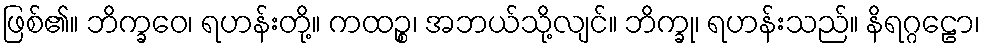
ဖြစ်၏။ ဘိက္ခဝေ၊ ရဟန်းတို့။ ကထဉ္စ၊ အဘယ်သို့လျင်။ ဘိက္ခု၊ ရဟန်းသည်။ နိရဂ္ဂဠော၊